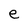
Character: e